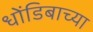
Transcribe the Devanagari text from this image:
धोंडिबाच्या